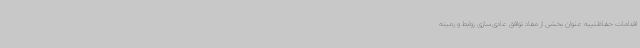
اقدامات حفاظتیبه عنوان بخشی از مفاد توافق عادی‌سازی روابط و زمینه